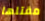
مقتلها